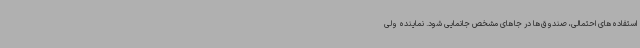
استفاده‌های احتمالی، صندوق‌ها در جاهای مشخص جانمایی شود. نماینده ولی